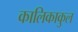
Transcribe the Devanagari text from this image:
कालिकाकुल